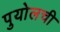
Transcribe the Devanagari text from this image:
पुयोलची